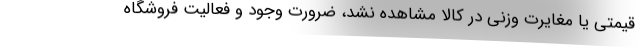
قیمتی یا مغایرت وزنی در کالا مشاهده نشد، ضرورت وجود و فعالیت فروشگاه